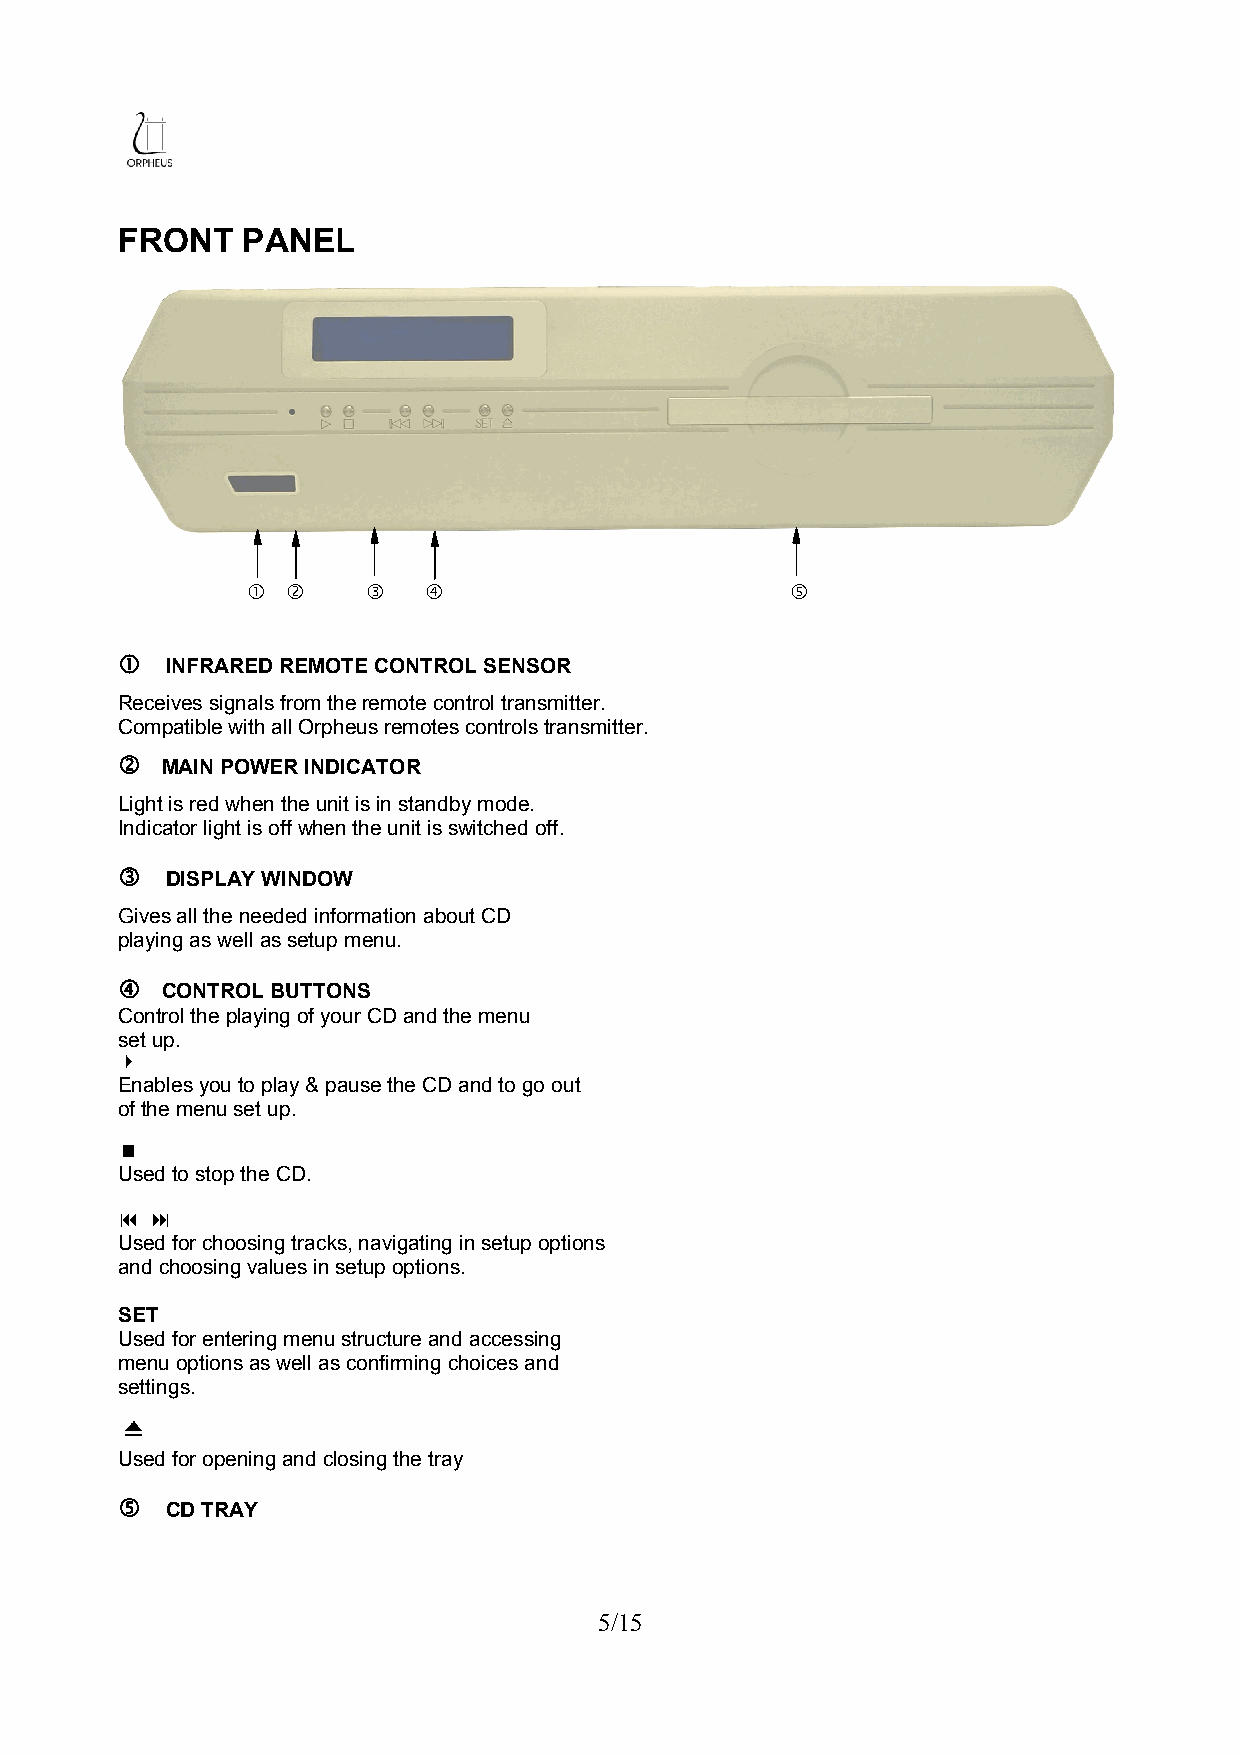
FRONT   PANEL
                                 
   INFRARED REMOTE CONTROL SENSOR
 Receives signals from the remote control transmitter.
 Compatible with all Orpheus remotes controls transmitter.
   MAIN POWER INDICATOR
 Light is red when the unit is in standby mode.
 Indicator light is off when the unit is switched off.
   DISPLAY WINDOW
 Gives all the needed information about CD
 playing as well as setup menu.
   CONTROL BUTTONS
 Control the playing of your CD and the menu
 set up.
 
 Enables you to play & pause the CD and to go out
 of the menu set up.
 
 Used to stop the CD.
  
 Used for choosing tracks, navigating in setup options
 and choosing values in setup options.
 SET
 Used for entering menu structure and accessing
 menu options as well as confirming choices and
 settings.
 Used for opening and closing the tray
   CD TRAY
 5/15